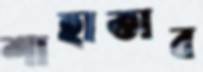
শাহাতাব